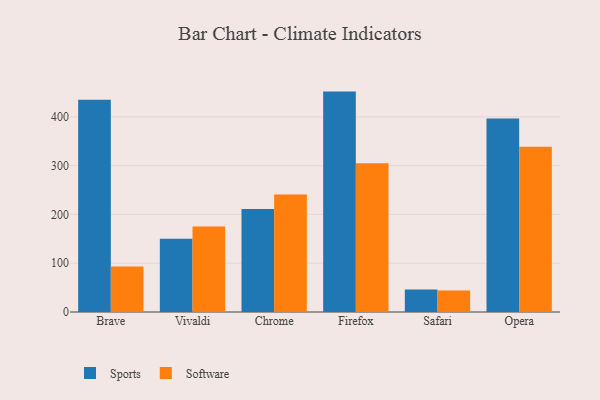
{"axis": {"x": "Browser", "y": "Population (Million)"}, "legend": ["Software", "Sports"], "data": [{"x": "Brave", "y": 435.1, "type": "Sports"}, {"x": "Brave", "y": 93.1, "type": "Software"}, {"x": "Vivaldi", "y": 150.1, "type": "Sports"}, {"x": "Vivaldi", "y": 175.1, "type": "Software"}, {"x": "Chrome", "y": 211.3, "type": "Sports"}, {"x": "Chrome", "y": 240.8, "type": "Software"}, {"x": "Firefox", "y": 451.8, "type": "Sports"}, {"x": "Firefox", "y": 304.7, "type": "Software"}, {"x": "Safari", "y": 46.1, "type": "Sports"}, {"x": "Safari", "y": 44.3, "type": "Software"}, {"x": "Opera", "y": 396.7, "type": "Sports"}, {"x": "Opera", "y": 338.9, "type": "Software"}]}